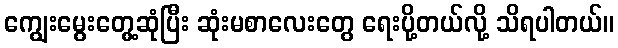
ကျွေးမွေးတွေ့ဆုံပြီး ဆုံးမစာလေးတွေ ရေးပို့တယ်လို့ သိရပါတယ်။